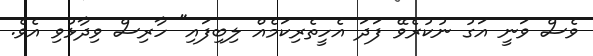
ވެސް ވަނީ އަގު ނުކުރެވޭ ފަދަ އެހީތެރިކަމެއް ލިބިފައި" ހާރިސް ވިދާޅުވި އެވެ.